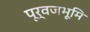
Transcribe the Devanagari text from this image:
पूर्वजभूमि